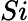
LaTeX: Si